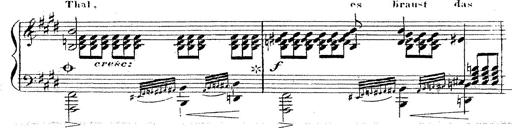
Title: 12 Lieder von Franz Schubert
Composer: Franz Liszt